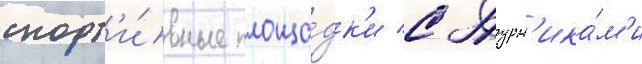
спорт'и́вные площа́дк'и с турн'ика́м'и